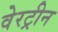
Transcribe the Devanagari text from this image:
वेरट्रीन